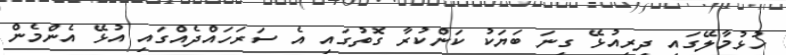
ހުޅުމާލޭގައި ދިރިއުޅޭ ގިނަ ބަޔަކު ކަންކުރާ ގޮތުގައި އެ ސަރަހައްދެއްގައި އުޅޭ އެންމެން